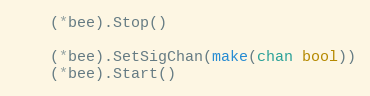
Language: Go
	(*bee).Stop()

	(*bee).SetSigChan(make(chan bool))
	(*bee).Start()